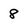
Character: 8